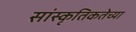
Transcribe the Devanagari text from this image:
सांस्कृतिकतेच्या